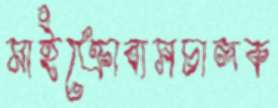
মাইক্রোবাসচালক